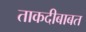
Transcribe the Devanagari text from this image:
ताकदीबाबत